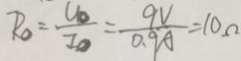
R _ { 0 } = \frac { U _ { 0 } } { I _ { 0 } } = \frac { 9 V } { 0 . 9 A } = 1 0 \Omega